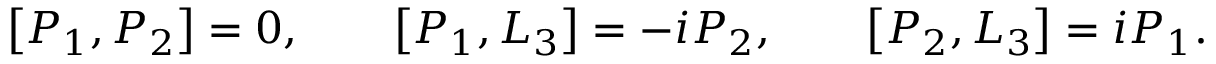
\left[ P _ { 1 } , P _ { 2 } \right] = 0 , \qquad \left[ P _ { 1 } , L _ { 3 } \right] = - i P _ { 2 } , \qquad \left[ P _ { 2 } , L _ { 3 } \right] = i P _ { 1 } .